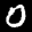
Label: 0